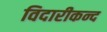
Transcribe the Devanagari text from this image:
विदारीकन्द